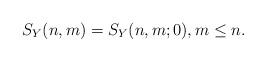
LaTeX: \begin{align*} S_Y(n,m)=S_Y(n,m;0),m\leq n.\end{align*}